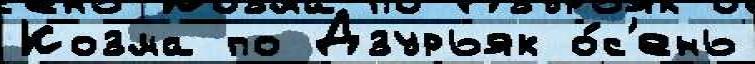
Козма по Дзурьяк о́с'ень